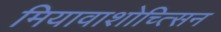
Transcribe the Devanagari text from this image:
मियावाशोच्त्सिन